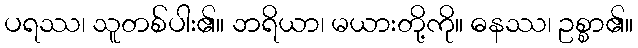
ပရဿ၊ သူတစ်ပါး၏။ ဘရိယာ၊ မယားတို့ကို။ ဓနဿ၊ ဥစ္စာ၏။